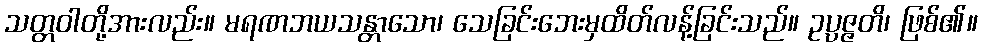
သတ္တဝါတို့အားလည်း။ မရဏဘယသန္တာသော၊ သေခြင်းဘေးမှထိတ်လန့်ခြင်းသည်။ ဥပ္ပဇ္ဇတိ၊ ဖြစ်၏။